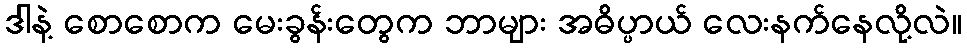
ဒါနဲ့ စောစောက မေးခွန်းတွေက ဘာများ အဓိပ္ပာယ် လေးနက်နေလို့လဲ။